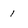
Character: 1